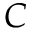
C